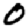
Digit: 0